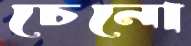
চেনো